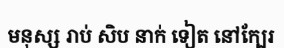
មនុស្ស រាប់ សិប នាក់ ទៀត នៅក្បែរ